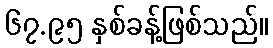
၆၇.၉၅ နှစ်ခန့်ဖြစ်သည်။